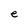
Character: e